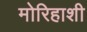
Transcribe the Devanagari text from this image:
मोरिहाशी